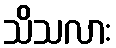
သိသလား